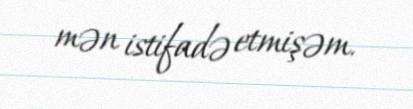
mən istifadə etmişəm.